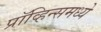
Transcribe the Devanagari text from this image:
प्रॉव्हिन्समध्ये